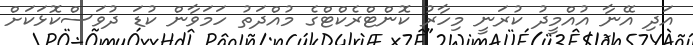
އަދި އޭނާ އުއްމީދު ކުރަނީ މިހާރު ކޮންޓްރެކްޓްގެ މުއްދަތު ހަމަވާން ކުޑަ ދުވަސްކޮޅަކަށް